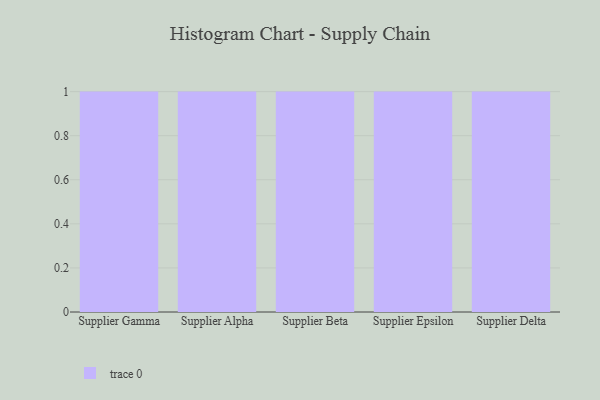
{"axis": {"x": "Supplier", "y": "Net Income (USD K)"}, "legend": [""], "data": [{"x": "Supplier Gamma", "y": 52, "type": ""}, {"x": "Supplier Alpha", "y": 26, "type": ""}, {"x": "Supplier Beta", "y": 52, "type": ""}, {"x": "Supplier Epsilon", "y": 36, "type": ""}, {"x": "Supplier Delta", "y": 86, "type": ""}]}